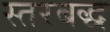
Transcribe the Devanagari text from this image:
स्तरबद्ध